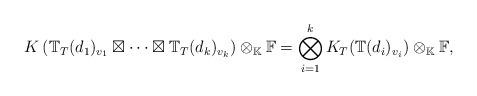
LaTeX: \begin{align*}K\left(\mathbb{T}_T(d_1)_{v_1} \boxtimes \cdots \boxtimes \mathbb{T}_T(d_k)_{v_k}\right)\otimes_{\mathbb{K}}\mathbb{F}=\bigotimes_{i=1}^k K_T(\mathbb{T}(d_i)_{v_i}) \otimes_{\mathbb{K}}\mathbb{F},\end{align*}